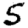
Digit: 5